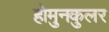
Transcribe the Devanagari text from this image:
होमुनकुलर